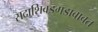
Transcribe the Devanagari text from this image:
सदाशिवडगडाबाबत